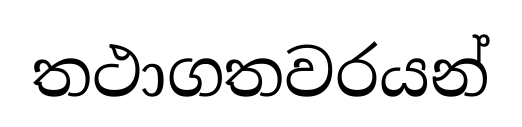
තථාගතවරයන්